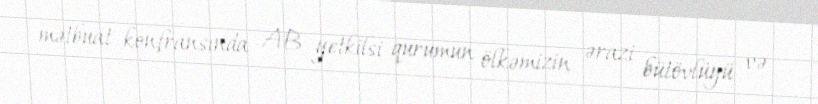
mətbuat konfransında AB yetkilsi qurumun ölkəmizin ərazi bütövlüyü və